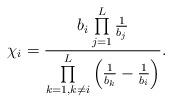
LaTeX: \begin{align*}{\chi _{i}} = {{{b_i}\prod\limits_{j = 1}^L {{1 \over {{b_j}}}} } \over {\prod\limits_{k = 1,k \ne i}^L {\left( {{1 \over {{b_k}}} - {1 \over {{b_i}}}} \right)} }}.\end{align*}